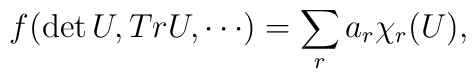
f (\det U, Tr U, \cdots) = \sum_r a_r \chi_r (U),